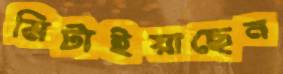
মিটাইয়াছেন